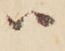
ハ